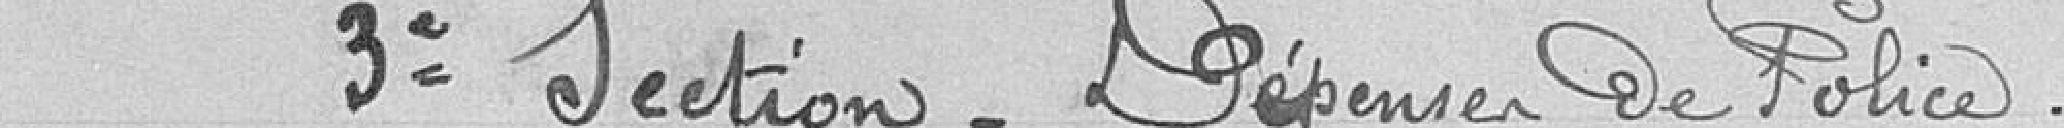
Troisième section - Dépenses de police